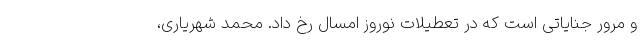
و مرور جنایاتی است که در تعطیلات نوروز امسال رخ داد. محمد شهریاری،